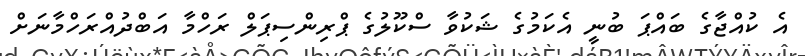
އެ ކުއްޖާގެ ބައްޕަ ބުނީ އެކަމުގެ ޝަކުވާ ސްކޫލުގެ ޕްރިންސިޕަލް ރަހްމާ އަބްދުއްރަހްމާނަށް